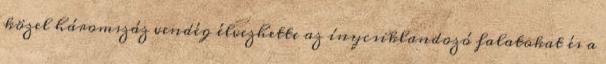
közel háromszáz vendég élvezhette az ínycsiklandozó falatokat és a